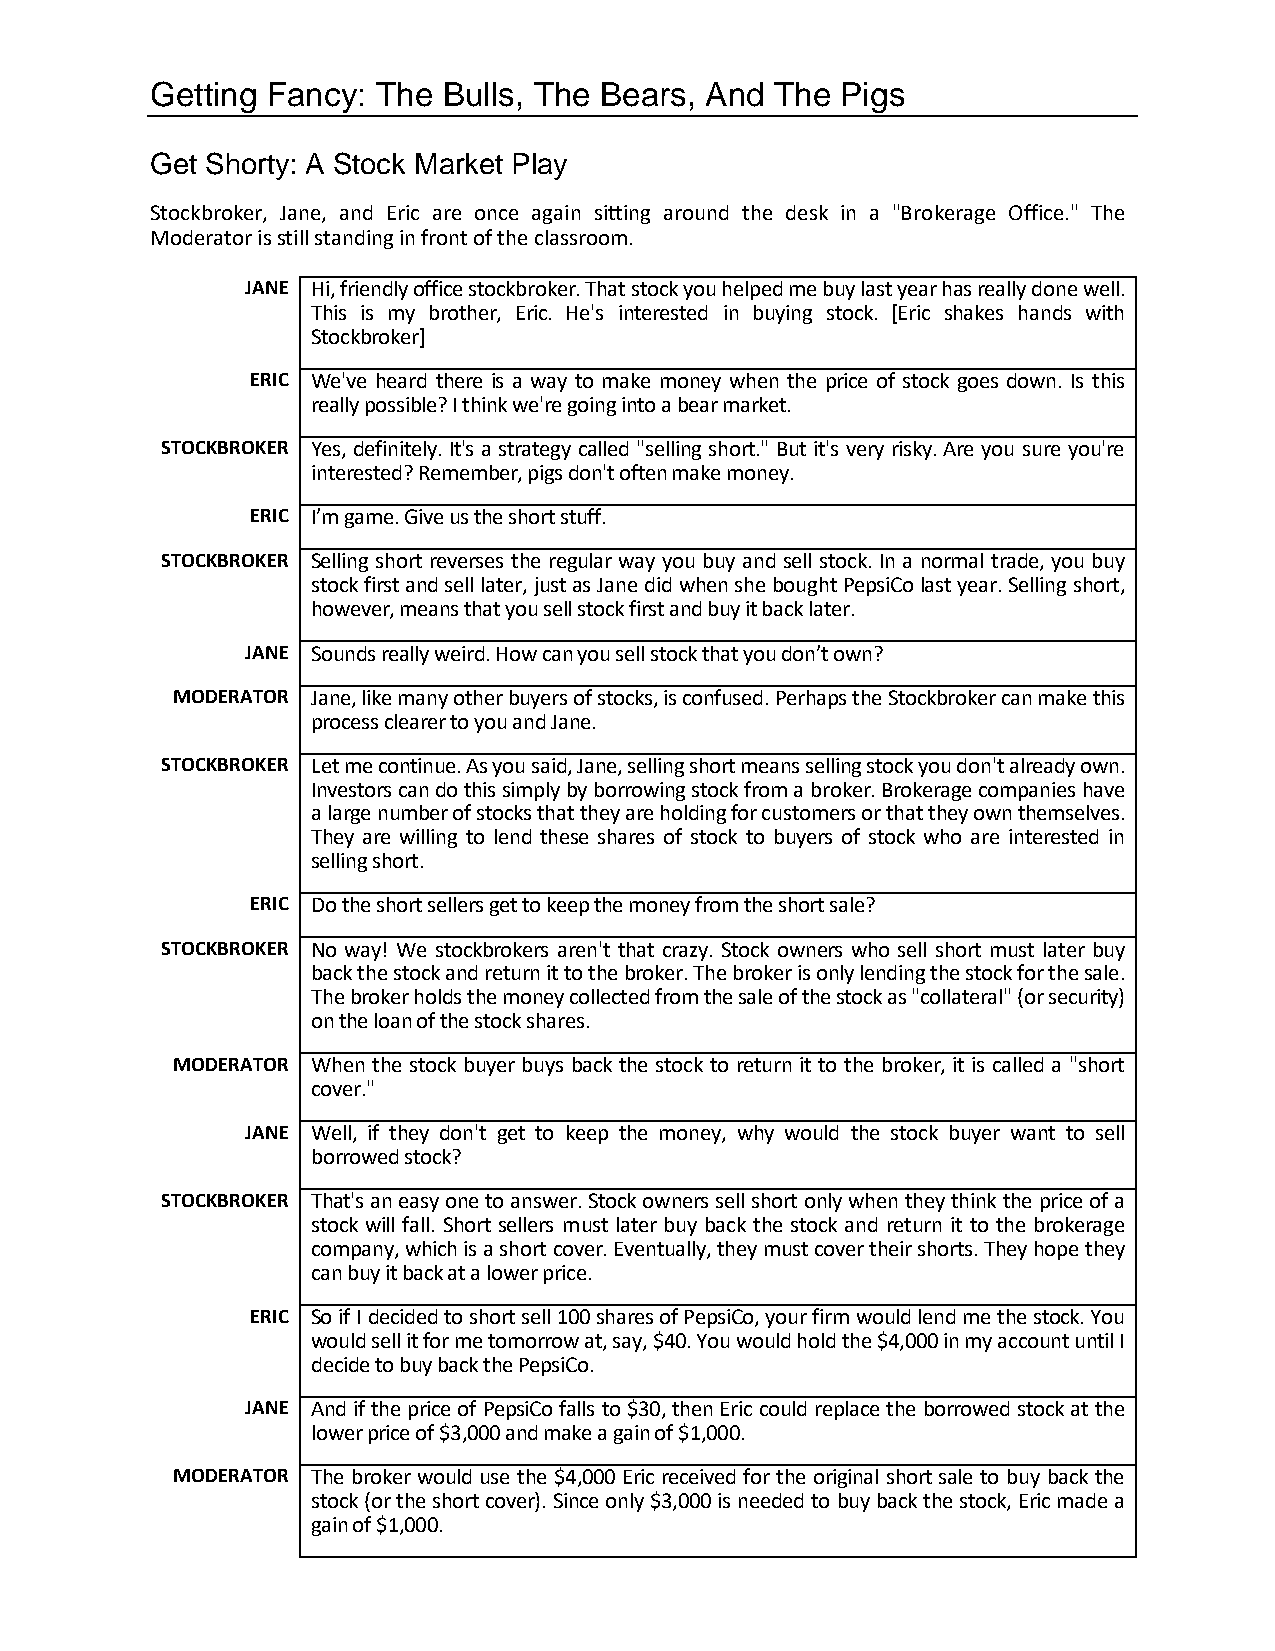
Getting Fancy: The Bulls, The Bears, And The  Pigs
 Get Shorty: A Stock Market Play
 Stockbroker, Jane, and Eric are once again sitting around the desk in a "Brokerage Office." The
 Moderator is still standing in front of the classroom.
 JANE Hi, friendly office stockbroker. That stock you helped me buy last year has really done well.
 This is my brother, Eric. He's interested in buying stock. [Eric shakes hands with
 Stockbroker]
 ERIC We've heard there is a way to make money when the price of stock goes down. Is this
 really possible? I think we're going into a bear market.
 STOCKBROKER Yes, definitely. It's a strategy called "selling short." But it's very risky. Are you sure you're
 interested? Remember, pigs don't often make money.
 ERIC I’m game. Give us the short stuff.
 STOCKBROKER Selling short reverses the regular way you buy and sell stock. In a normal trade, you buy
 stock first and sell later, just as Jane did when she bought PepsiCo last year. Selling short,
 however, means that you sell stock first and buy it back later.
 JANE Sounds really weird. How can you sell stock that you don’t own?
 MODERATOR Jane, like many other buyers of stocks, is confused. Perhaps the Stockbroker can make this
 process clearer to you and Jane.
 STOCKBROKER Let me continue. As you said, Jane, selling short means selling stock you don't already own.
 Investors can do this simply by borrowing stock from a broker. Brokerage companies have
 a large number of stocks that they are holding for customers or that they own themselves.
 They are willing to lend these shares of stock to buyers of stock who are interested in
 selling short.
 ERIC Do the short sellers get to keep the money from the short sale?
 STOCKBROKER No way! We stockbrokers aren't that crazy. Stock owners who sell short must later buy
 back the stock and return it to the broker. The broker is only lending the stock for the sale.
 The broker holds the money collected from the sale of the stock as "collateral" (or security)
 on the loan of the stock shares.
 MODERATOR When the stock buyer buys back the stock to return it to the broker, it is called a "short
 cover."
 JANE Well, if they don't get to keep the money, why would the stock buyer want to sell
 borrowed stock?
 STOCKBROKER That's an easy one to answer. Stock owners sell short only when they think the price of a
 stock will fall. Short sellers must later buy back the stock and return it to the brokerage
 company, which is a short cover. Eventually, they must cover their shorts. They hope they
 can buy it back at a lower price.
 ERIC So if I decided to short sell 100 shares of PepsiCo, your firm would lend me the stock. You
 would sell it for me tomorrow at, say, $40. You would hold the $4,000 in my account until I
 decide to buy back the PepsiCo.
 JANE And if the price of PepsiCo falls to $30, then Eric could replace the borrowed stock at the
 lower price of $3,000 and make a gain of $1,000.
 MODERATOR The broker would use the $4,000 Eric received for the original short sale to buy back the
 stock (or the short cover). Since only $3,000 is needed to buy back the stock, Eric made a
 gain of $1,000.